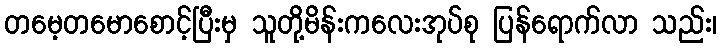
တမေ့တမောစောင့်ပြီးမှ သူတို့မိန်းကလေးအုပ်စု ပြန်ရောက်လာ သည်း၊